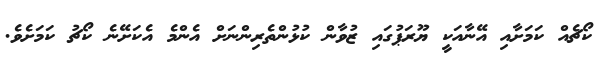
ކޯޗެއް ކަމަށާއި އޭނާއަކީ ޔޫރަޕުގައި ޒުވާން ކުޅުންތެރިންނަށް އެންމެ އެކަށޭނެ ކޯޗު ކަމަށެވެ.